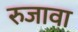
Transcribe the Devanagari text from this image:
रुजावा